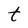
Character: t